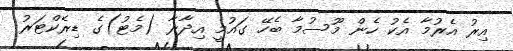
އިރު އެރުމާ އެކު ހެން މޫސުމާ ބެހޭ ގައުމީ އިދާރާ (މެޓު)ގެ ޑިރެކްޓަރު